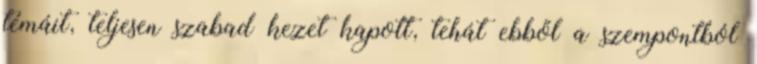
témáit, teljesen szabad kezet kapott, tehát ebből a szempontból